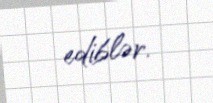
ediblər.